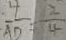
\frac { 4 } { A D } = \frac { 2 } { 4 }